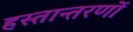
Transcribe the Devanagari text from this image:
हस्तान्तरणों